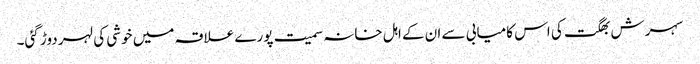
سہرش بھگت کی اس کامیابی سے ان کے اہل خانہ سمیت پورے علاقہ میں خوشی کی لہر دوڑ گئی۔